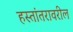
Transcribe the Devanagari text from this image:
हस्तांतरावरील